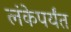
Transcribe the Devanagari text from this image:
लंकेपर्यंत